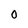
Character: 0